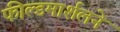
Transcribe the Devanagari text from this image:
फील्डमार्शलने